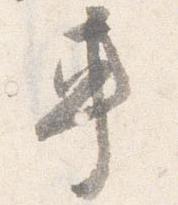
車